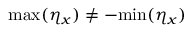
\mathrm { m a x } ( \eta _ { x } ) \neq - \mathrm { m i n } ( \eta _ { x } )